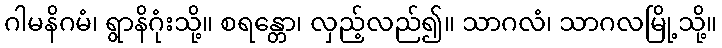
ဂါမနိဂမံ၊ ရွာနိဂုံးသို့။ စရန္တော၊ လှည့်လည်၍။ သာဂလံ၊ သာဂလမြို့သို့။